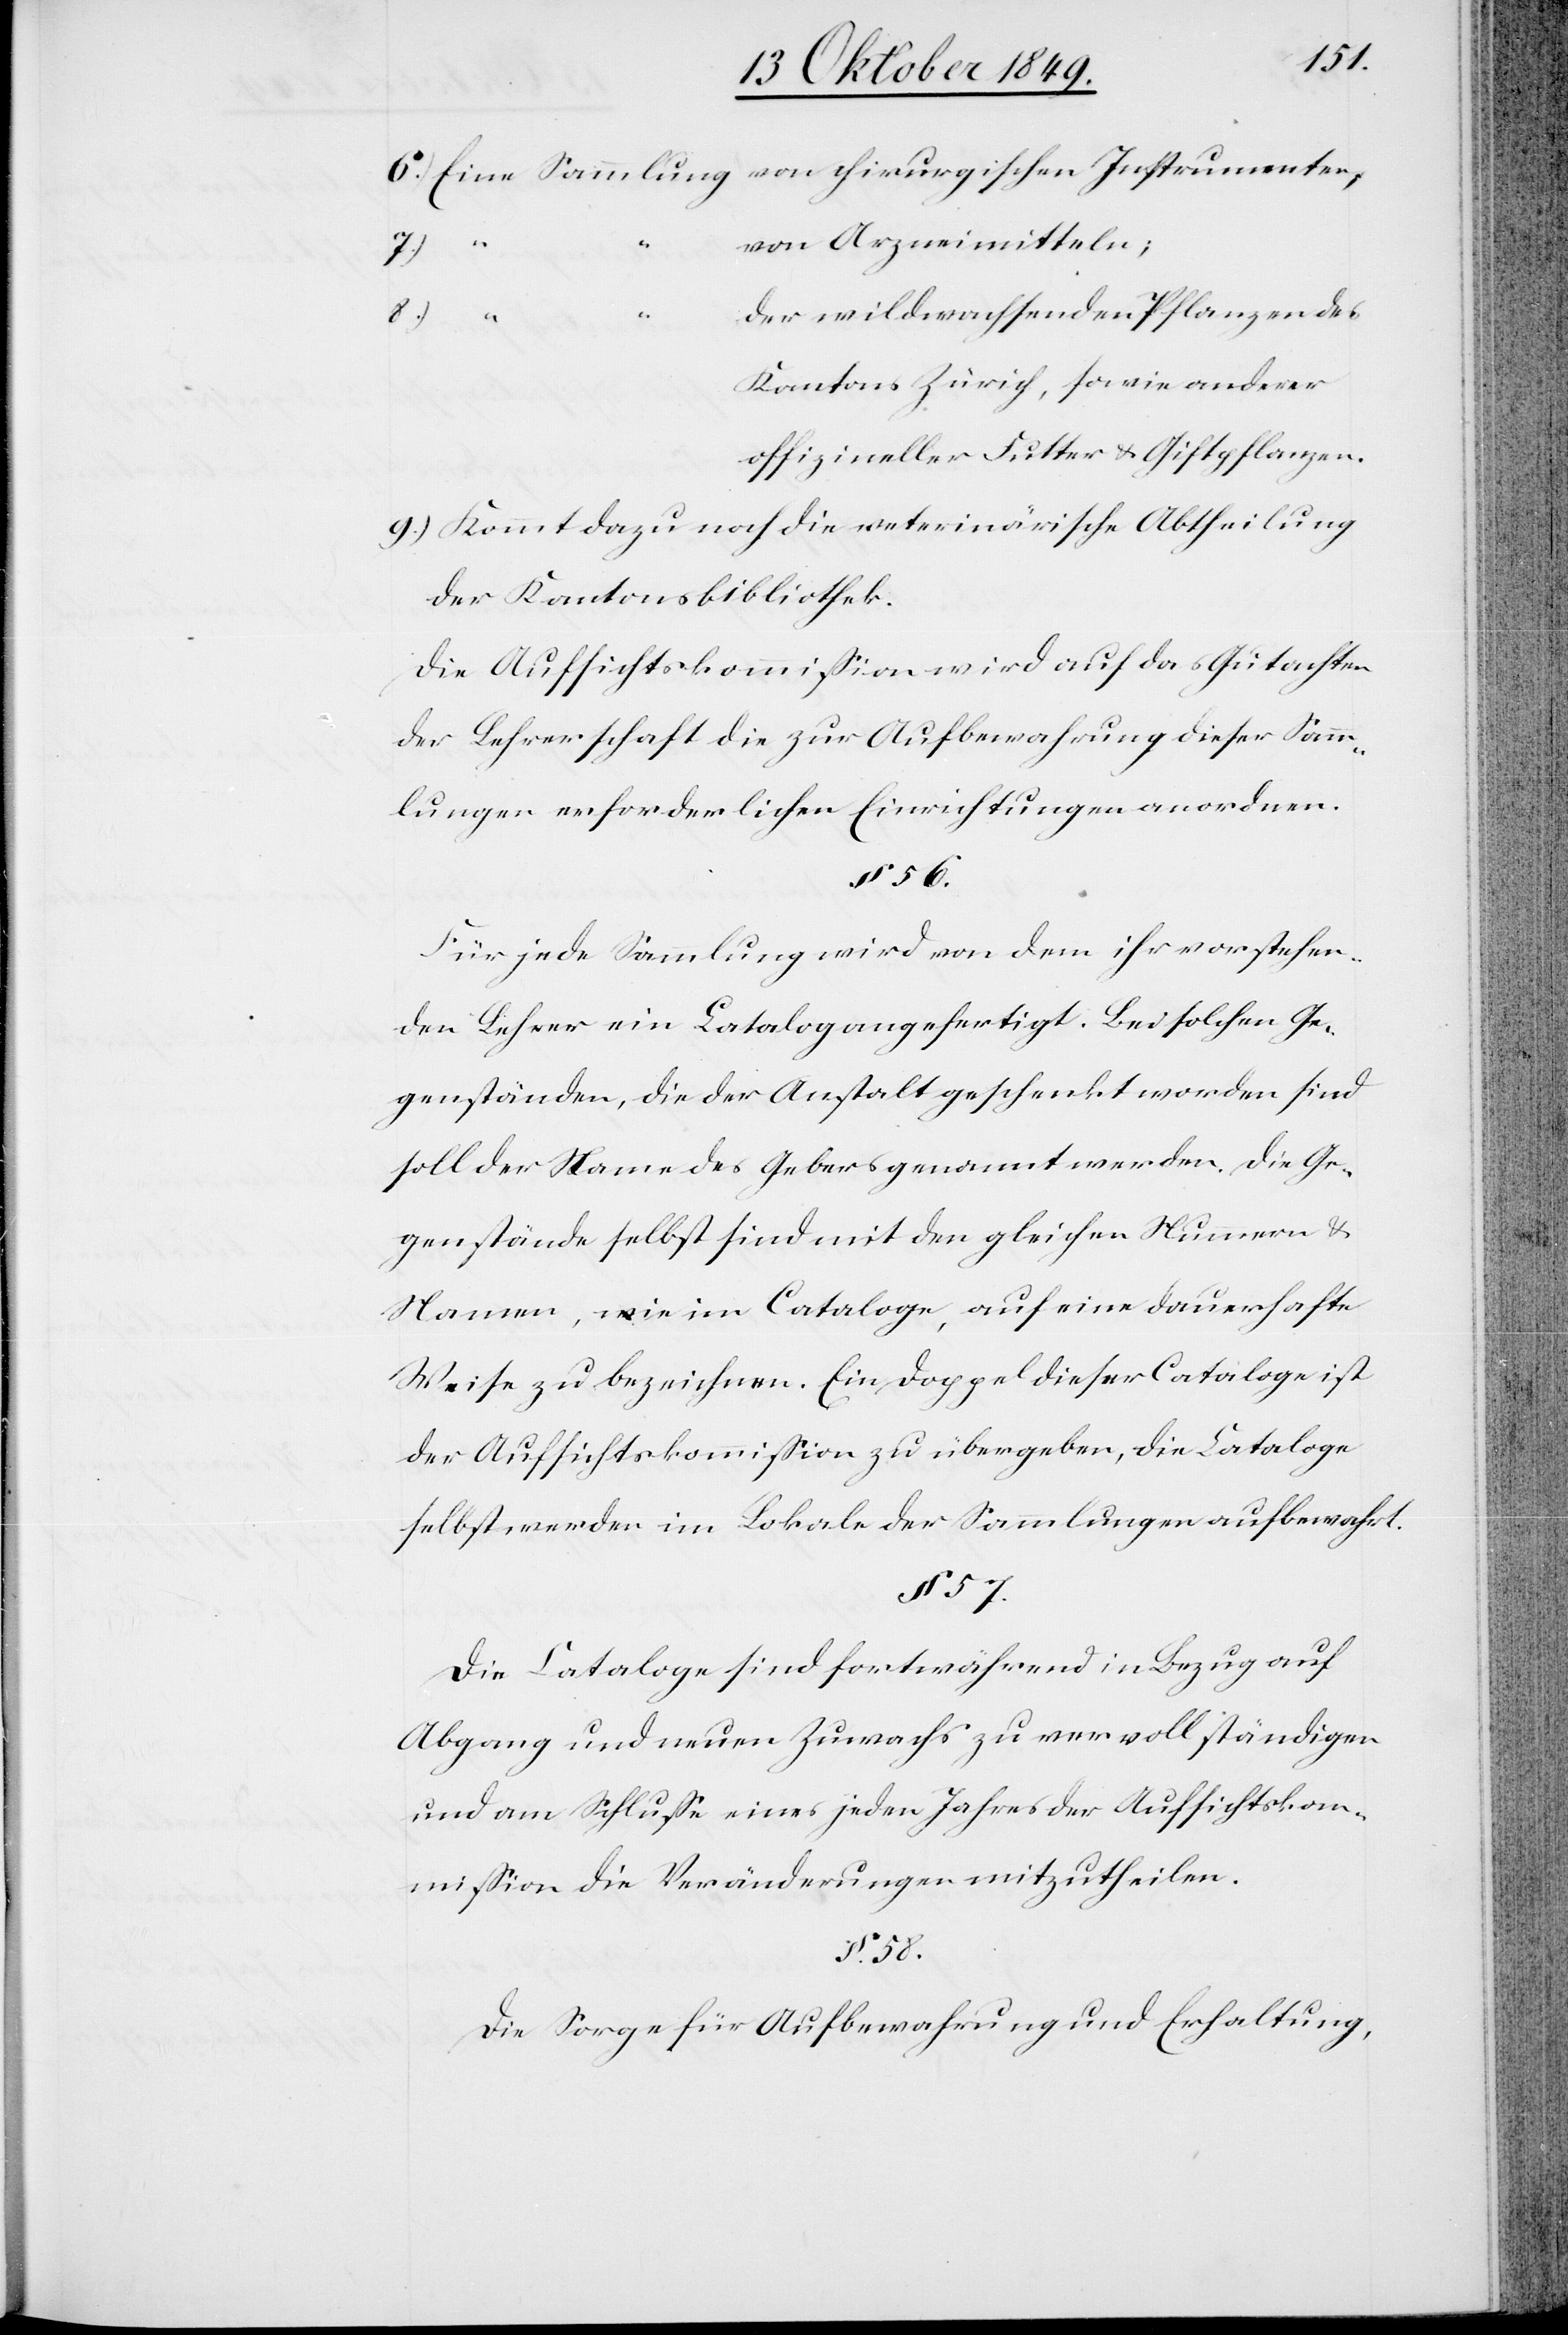
von chirurgischen Instrumenten;
6.) Eine Sammlung
von Arzneimitteln;
8.)
57.
der wildwachsenden Pflanzen des
Kantons Zürich, sowie anderer
offizieller Futter- u. Giftpflanzen.
9.) Kommt dazu noch die veterinärische Abtheilung
der Kantonsbibliothek.
Die Aufsichtskommißion wird auf das Gutachten
der Lehrerschaft die zur Aufbewahrung dieser Samm¬
lungen erforderlichen Einrichtungen anordnen.
§. 56.
Für jede Sammlung wird von dem ihr vorstehen¬
den Lehrer ein Catalog angefertigt. Bei solchen Ge¬
genständen, die der Anstalt geschenkt worden sind
soll der Name des Gebers genannt werden. Die Ge¬
genstände selbst sind mit den gleichen Nummern u.
Namen, wie im Cataloge, auf eine dauerhafte
Weise zu bezeichnen. Ein Doppel dieser Cataloge ist
der Aufsichtskommißion zu übergeben, die Cataloge
selbst werden im Lokale der Sammlungen aufbewahrt.
Die Cataloge sind fortwährend in Bezug auf
Abgang und neuen Zuwachs zu vervollständigen
und am Schluße eines jeden Jahres der Aufsichtskom¬
mißion die Veränderungen mitzutheilen.
§ 58.
Die Sorge für Aufbewahrung und Erhaltung,